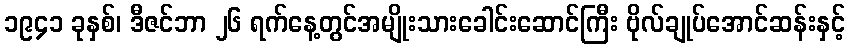
၁၉၄၁ ခုနှစ်၊ ဒီဇင်ဘာ ၂၆ ရက်နေ့တွင်အမျိုးသားခေါင်းဆောင်ကြီး ဗိုလ်ချုပ်အောင်ဆန်းနှင့်